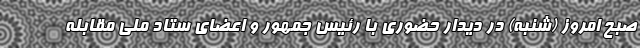
صبح امروز (شنبه) در دیدار حضوری با رئیس جمهور و اعضای ستاد ملی مقابله